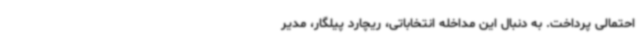
احتمالی پرداخت. به دنبال این مداخله انتخاباتی، ریچارد پیلگار، مدیر